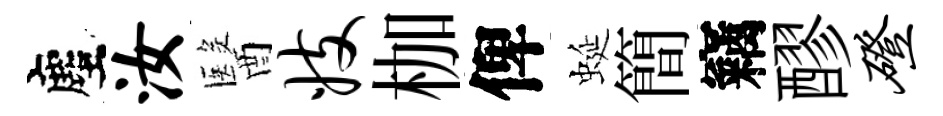
塵汝醫妓枷俾蜒簡竊醪磴